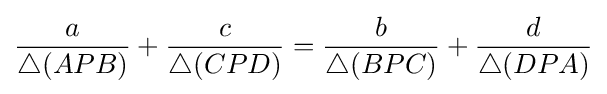
{\frac {a}{\triangle (APB)}}+{\frac {c}{\triangle (CPD)}}={\frac {b}{\triangle (BPC)}}+{\frac {d}{\triangle (DPA)}}